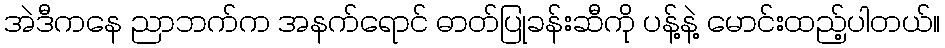
အဲဒီကနေ ညာဘက်က အနက်ရောင် ဓာတ်ပြုခန်းဆီကို ပန့်နဲ့ မောင်းထည့်ပါတယ်။